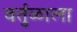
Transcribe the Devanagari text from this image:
वर्तुळाला